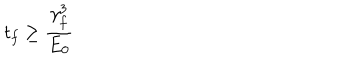
t _ { f } \geq \frac { \gamma _ { f } ^ { 3 } } { E _ { 0 } }